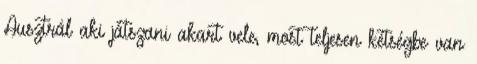
Ausztrál aki játszani akart vele, most teljesen kétségbe van